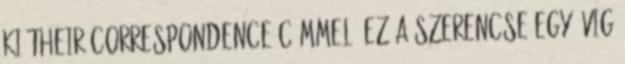
ki Their Correspondence címmel. Ez a szerencse egy évig